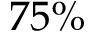
7 5 \%